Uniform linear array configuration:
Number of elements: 8
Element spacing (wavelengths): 0.5
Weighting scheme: hamming
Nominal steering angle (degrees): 45
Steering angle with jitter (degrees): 46.143
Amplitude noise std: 0.05
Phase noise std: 0.05

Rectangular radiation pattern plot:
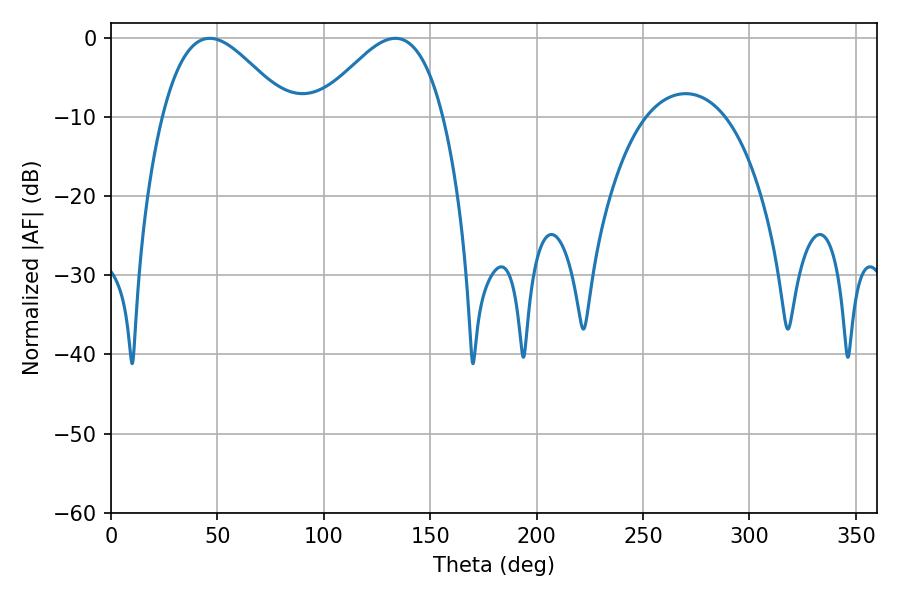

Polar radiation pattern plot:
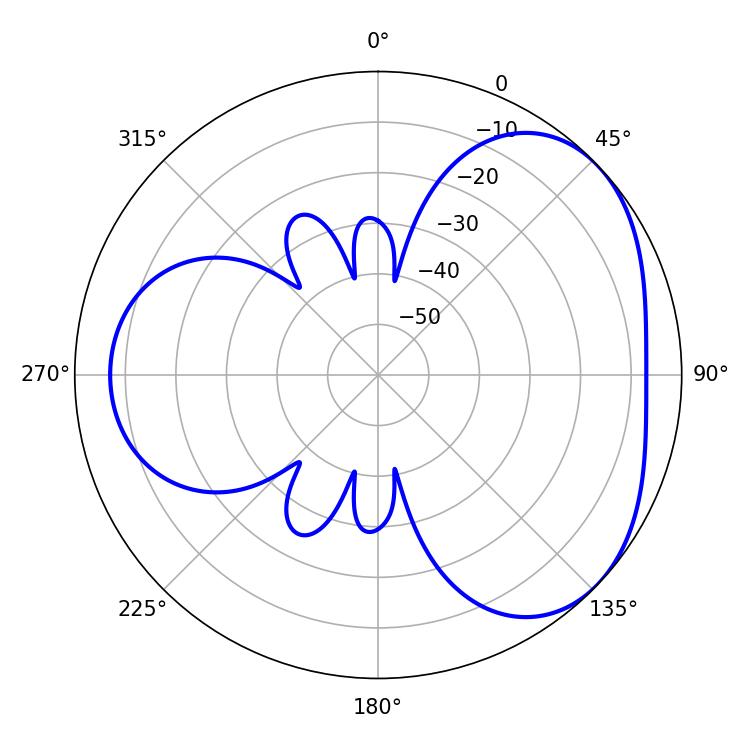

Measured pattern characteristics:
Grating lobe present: FALSE
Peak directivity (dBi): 3.868
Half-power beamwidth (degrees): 31.68
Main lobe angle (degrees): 46.44